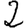
Digit: 2